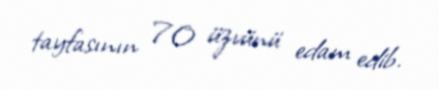
tayfasının 70 üzvünü edam edib.